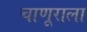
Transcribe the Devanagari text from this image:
चाणूराला